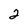
Character: 2